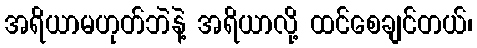
အရိယာမဟုတ်ဘဲနဲ့ အရိယာလို့ ထင်စေချင်တယ်၊